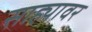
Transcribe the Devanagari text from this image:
साह्यावर